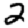
Digit: 2